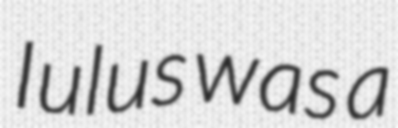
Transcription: Iulus was a